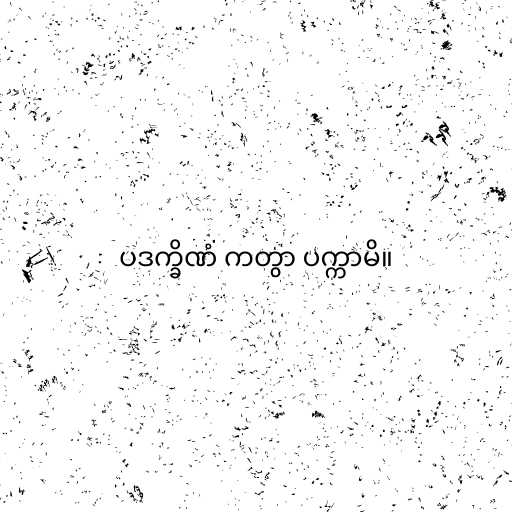
ပဒက္ခိဏံ ကတွာ ပက္ကာမိ။